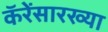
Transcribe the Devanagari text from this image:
कॅरेंसारख्या